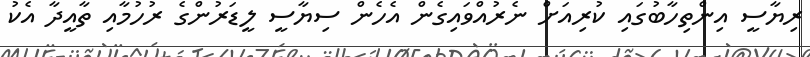
ރިޔާސީ އިންތިހާބުގައި ކުރިއަށް ނެރުއްވައިގެން އެހެން ސިޔާސީ ލީޑަރުންގެ ރުހުމާއި ތާއީދާ އެކު